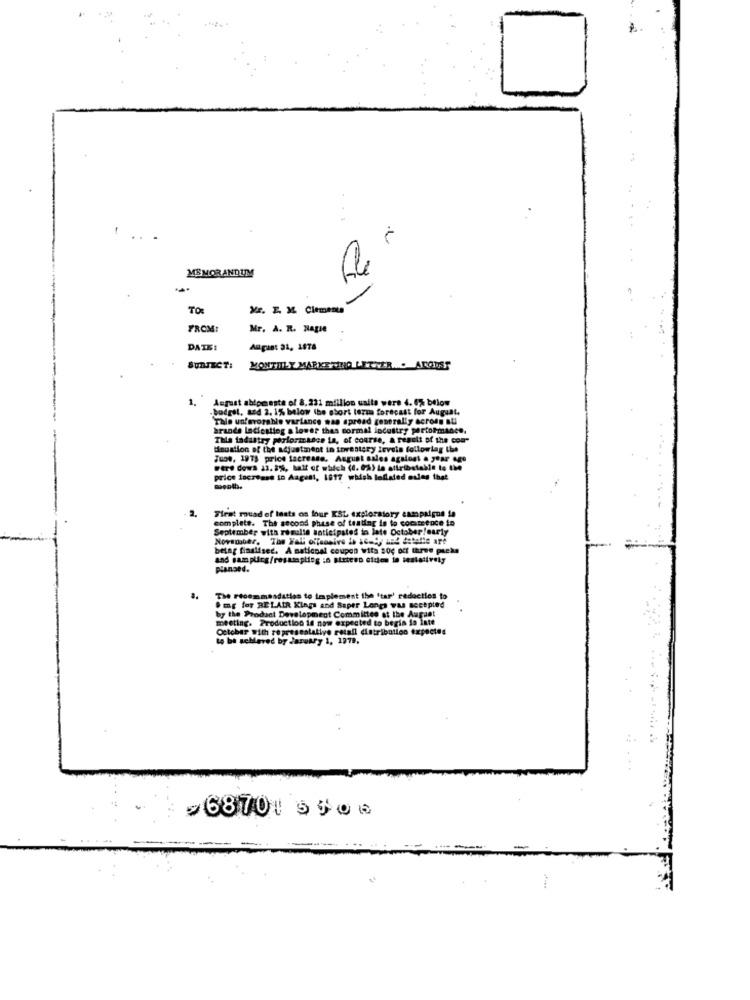
-
MEMORANDUM
TO:
Mr. E. M Clements
FROM:
Mr. A. R. Nagie
DATE!
Anpas: 31, 1878
BUTTECT:
MONTHLY MARKETING LETNER . ARONSS
August shipments of 8,221 million ualla were 4. 6% below
budget, and 2. 1% below the short term forecast for August.
Tale unfavorable variance man spread gen
road generally across au
brande ladfesting a lower thes normal industry performance.
Thla tadastry performksen ia, of course, a result of the com-
Minuation of the adjustment in inventory loveis following the
Juos, 1973 price lacrease. August sales agslost & year ago
were dows 22. 8%, half of which (4. 0A) la afirbetable to the
price increase to Aagent, 1817 which Inflated oules that
First muad of tests on four XSL exploratory campaigns la
complete. The second phase of testing is to cocimsence in
September with rosalie anticipates in late October /early
November, The Fall offaonive is ac-Cy and detalle are
betag finaliser. A national coupon wita soc off three pucks
pianoed.
The recommandation to implement the 'tar' redacties to
Smg for BELAIR Kings and Saper Longs was accepted
by the Product Development Committee at the August
meeting. Production is now expected to begin is inte
October With representative retall distribution expectes
to be achieved by Jarutry 1, 1979.
,68701 5500